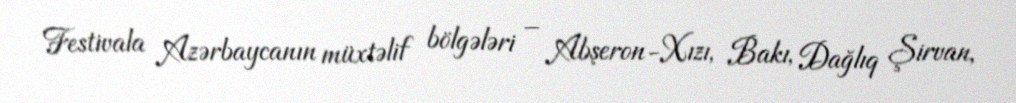
Festivala Azərbaycanın müxtəlif bölgələri – Abşeron-Xızı, Bakı, Dağlıq Şirvan,